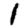
Digit: 1